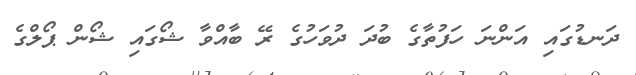
ދަނޑުގައި އަންނަ ހަފުތާގެ ބުދަ ދުވަހުގެ ރޭ ބާއްވާ ޝޯގައި ޝޯން ޕޯލްގެ